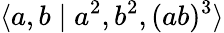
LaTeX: \langle a,b\mid a^{2},b^{2},(ab)^{3}\rangle